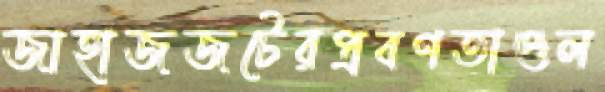
জাহাজজটেরপ্রবণতাগুল